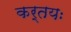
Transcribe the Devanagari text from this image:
कर्तयः